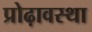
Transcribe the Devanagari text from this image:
प्रोढ़ावस्था